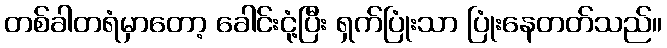
တစ်ခါတရံမှာတော့ ခေါင်းငုံ့ပြီး ရှက်ပြုံးသာ ပြုံးနေတတ်သည်။